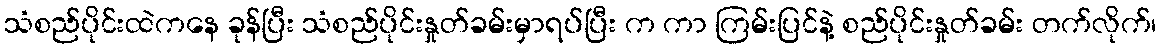
သံစည်ပိုင်းထဲကနေ ခုန်ပြီး သံစည်ပိုင်းနှုတ်ခမ်းမှာရပ်ပြီး က ကာ ကြမ်းပြင်နဲ့ စည်ပိုင်းနှုတ်ခမ်း တက်လိုက်၊